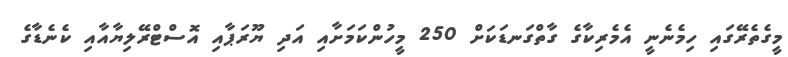
މީގެތެރޭގައި ހިމެނެނީ އެމެރިކާގެ ގާތްގަނޑަކަށް 250 މީހުންކަމަށާއި އަދި ޔޫރަޕާއި އޮސްޓްރޭލިޔާއާއި ކެނެޑާގެ